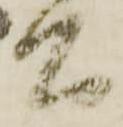
間